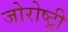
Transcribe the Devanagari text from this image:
जोरोष्ट्री